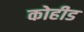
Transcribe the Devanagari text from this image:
कोहीड